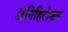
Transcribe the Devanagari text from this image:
ॲनिहिलेशन